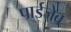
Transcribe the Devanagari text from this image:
पाईजेब